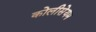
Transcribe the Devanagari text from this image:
कोलीसेयम